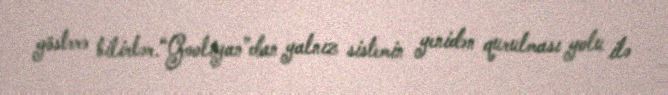
göstərə bilirlər.“Gooligan”dan yalnız sistemin yenidən qurulması yolu ilə